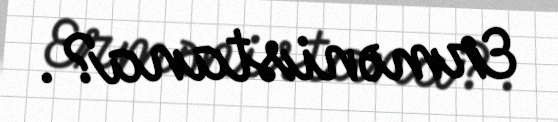
Ermənistana?.